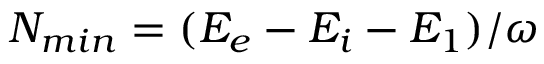
N _ { m i n } = ( E _ { e } - E _ { i } - E _ { 1 } ) / \omega